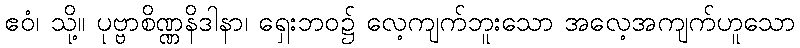
ဧဝံ၊ သို့။ ပုဗ္ဗာစိဏ္ဏနိဒါနာ၊ ရှေးဘဝ၌ လေ့ကျက်ဘူးသော အလေ့အကျက်ဟူသော